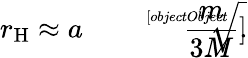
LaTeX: r_{\mathrm{H}}\approx a{\sqrt[[objectObject]]{\frac{m}{3M}}}.